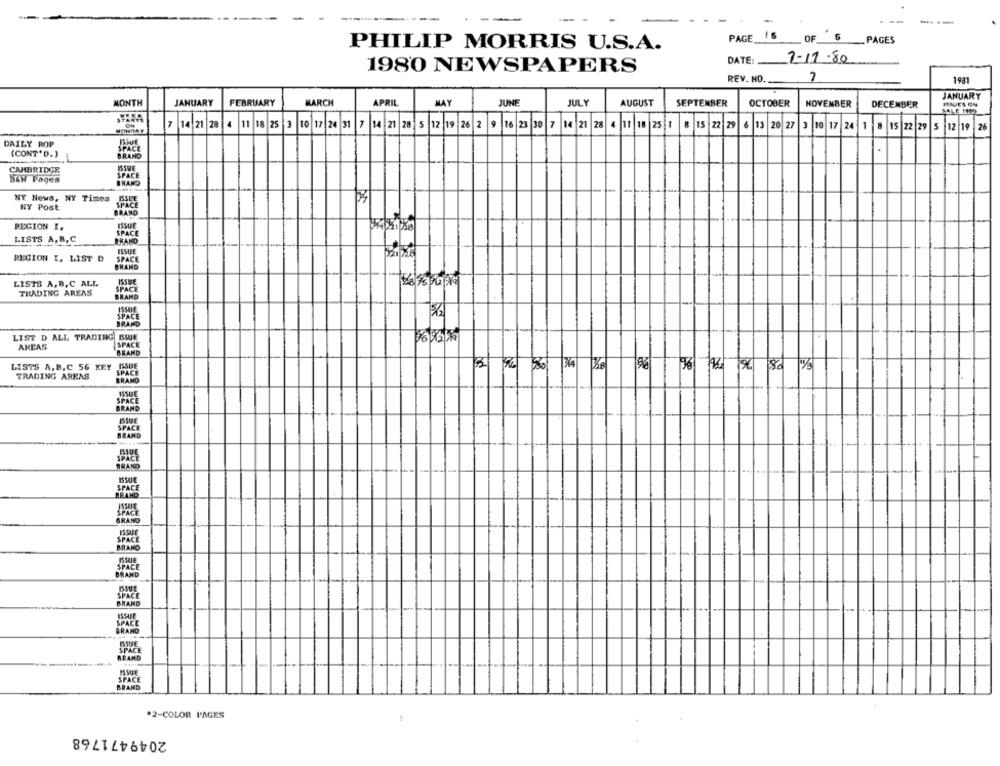
PAGE 15
OF
6
PAGES
PHILIP MORRIS U.S.A.
DATE:
2-11-80
1980 NEWSPAPERS
7
REV. NO.
1981
JANUARY
MONTH
JANUARY
FEBRUARY
MARCH
APRIL
HAY
JUNE
JULY
AUGUST
SEPTEMBER
OCTOBER
NOVEMBER
DECEMBER
HAUES ON
SALE 1999
7
14 21
28
4
11
18 25 3
.16 |2
30 7 14 21 28
MONDAY
10 17 24 31 7 14 21 20 5
12 19 26 2
4 11 18 25 1
8 15 22 29
6 13 20 27
10 17 24 1 8 15 22 29 5 12 19 26
DAILY ROP
(CONT'D.)
BRAND
CAMBRIDGE
ISSUE
SPACE
BZW Pages
BRAND
NY News, NY Times
NY Post
BRAND
REGION I.
SPACE
LISTS A, B,C
BRAND
ISSUE
REGION I. LIST D
SPACE
BRAND
LISTS A, B,C ALL
TRADING AREAS
BRAND
BRAND
LIST D ALL TRADING ISSUJE
AREAS
BRAND
LISTS A, B,C 56 KEY
TRADING AREAS
SPACE
BRAND
SPACE
BRAND
RAND
SPACE
GRAND
BRANO
ISSUE
BRAND
SPACE
BRAND
SPACE
SRAND
*2-COLOR L'AGES
2049471768